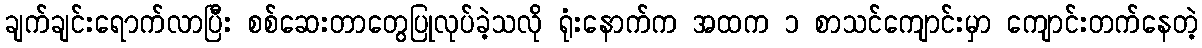
ချက်ချင်းရောက်လာပြီး စစ်ဆေးတာတွေပြုလုပ်ခဲ့သလို ရုံးနောက်က အထက ၁ စာသင်ကျောင်းမှာ ကျောင်းတက်နေတဲ့